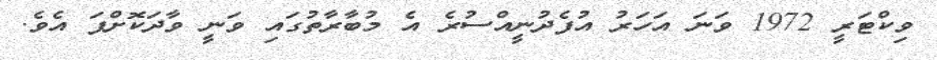
ވިކްޓަރީ 1972 ވަނަ އަހަރު އުފެދުނީއްސުރެ އެ މުބާރާތުގައި ވަނީ ވާދަކޮށްފަ އެވެ.